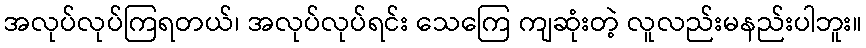
အလုပ်လုပ်ကြရတယ်၊ အလုပ်လုပ်ရင်း သေကြေ ကျဆုံးတဲ့ လူလည်းမနည်းပါဘူး။